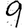
Digit: 9